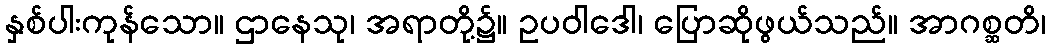
နှစ်ပါးကုန်သော။ ဌာနေသု၊ အရာတို့၌။ ဥပဝါဒေါ၊ ပြောဆိုဖွယ်သည်။ အာဂစ္ဆတိ၊